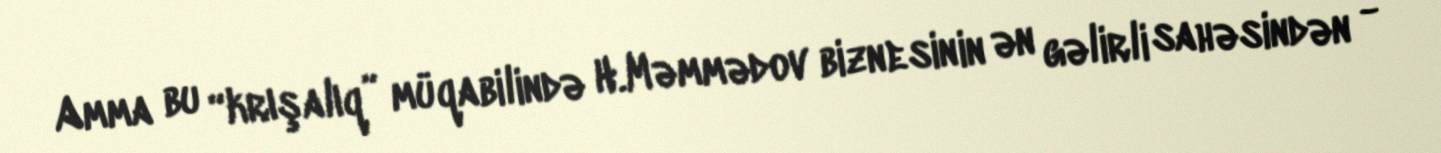
Amma bu “krışalıq” müqabilində H.Məmmədov biznesinin ən gəlirli sahəsindən -